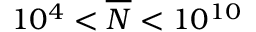
1 0 ^ { 4 } < \overline { { N } } < 1 0 ^ { 1 0 }